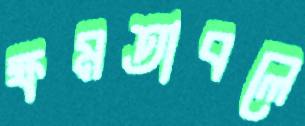
ক্ষমতাবলে